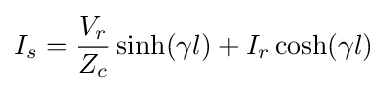
I_{s}={\frac {V_{r}}{Z_{c}}}\sinh(\gamma l)+I_{r}\cosh(\gamma l)